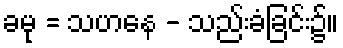
ခမု = သဟနေ - သည်းခံခြင်း၌။